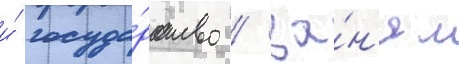
и́ госуда́рство / за́н'ял